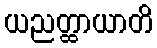
ယညတ္ထာယာတိ